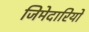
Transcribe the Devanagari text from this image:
जिमेदारियों